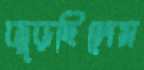
জুড়ছিলেম